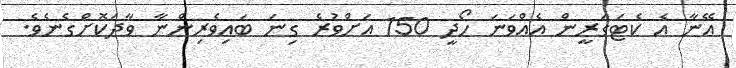
އޭނާ އެ ކެޓަގަރީން އެއްވަނަ ހޯދީ 150 އަށްވުރެ ގިނަ ބައިވެރިންނާ ވާދަކޮށްގެނެވެ.